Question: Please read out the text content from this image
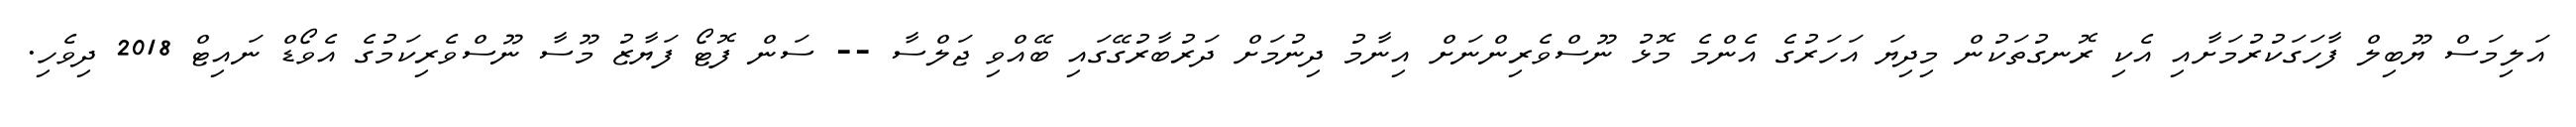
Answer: އަލިމަސް ޔޫބިލް ފާހަގަކުރުމަށާއި އެކި ރޮނގުތަކުން މިދިޔަ އަހަރުގެ އެންމެ މޮޅު ނޫސްވެރިންނަށް އިނާމު ދިނުމަށް ދަރުބާރުގޭގައި ބޭއްވި ޖަލްސާ -- ސަން ފޮޓޯ ފަޔާޒު މޫސާ ނޫސްވެރިކަމުގެ އެވޯޑް ނައިޓް 2018 ދިވެހި.